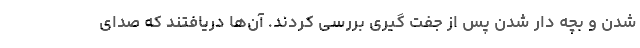
شدن و بچه دار شدن پس از جفت گیری بررسی کردند. آن‌ها دریافتند که صدای